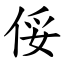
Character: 俀